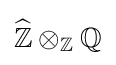
{\widehat {\mathbb {Z} }}\otimes _{\mathbb {Z} }\mathbb {Q}